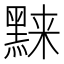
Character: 𬹗